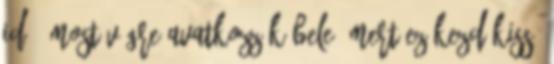
idő, most végre avatkozzék bele, mert ez kezd kissé